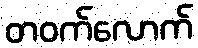
တဝက်လောက်